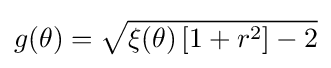
g(\theta )={\sqrt {\xi {(\theta )}\left[1+r^{2}\right]-2}}